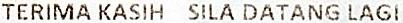
TERIMA KASIH SILA DATANG LAGI